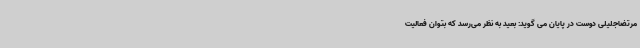
مرتضاجلیلی دوست در پایان می گوید: بعید به نظر می‌رسد که بتوان فعالیت